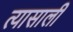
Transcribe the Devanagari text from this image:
त्‍यासाली